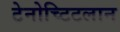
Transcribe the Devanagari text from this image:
टेनोच्टिटलान